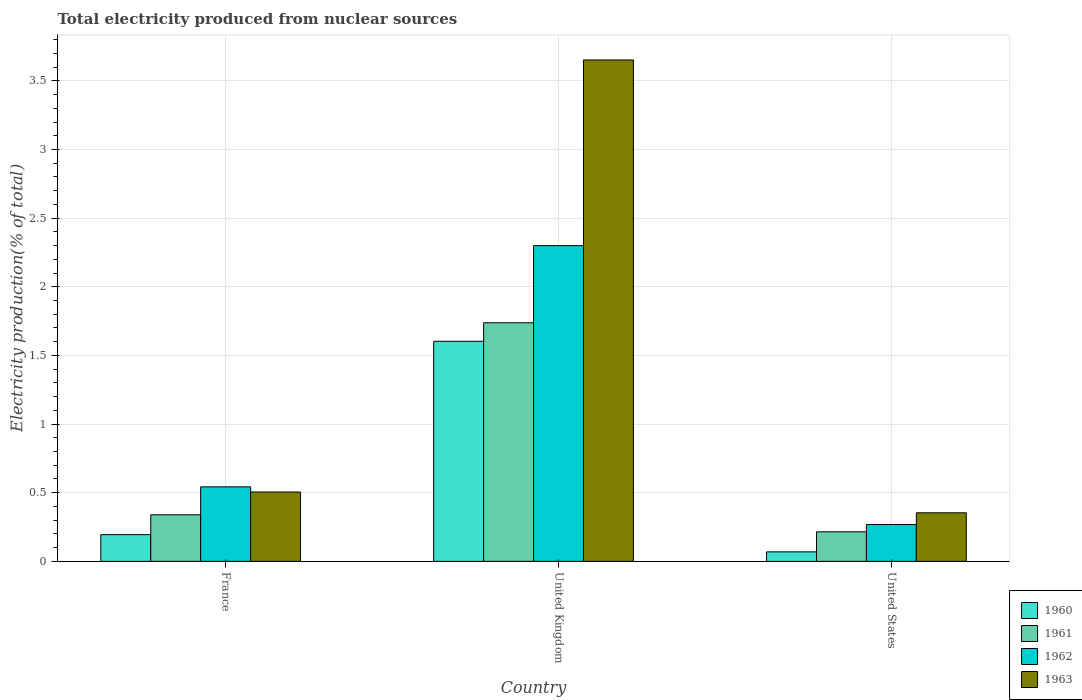
| Country | 1960 | 1961 | 1962 | 1963 |
 | --- | --- | --- | --- | --- |
 | France | 0.195 | 0.339 | 0.543 | 0.505 |
 | United Kingdom | 1.6 | 1.74 | 2.3 | 3.65 |
 | United States | 0.0693 | 0.215 | 0.269 | 0.354 |